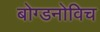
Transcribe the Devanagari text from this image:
बोग्डनोविच